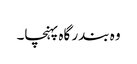
وہ بندر گاہ پہنچا۔